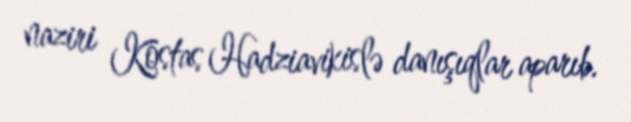
naziri Kostas Hadziavikislə danışıqlar aparıb.